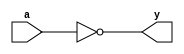
module my_not(
	input a,
	output y);
	
	not n1 (y,a);
	
endmodule